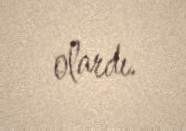
olardı.